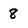
Character: 8